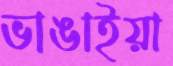
ভাঙাইয়া